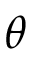
\theta